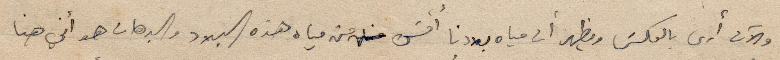
والآن ارى بالعكس ويظهر أن مياه بلدنا أقسى من مياه هذه البلاد والبرهان هو أني هنا